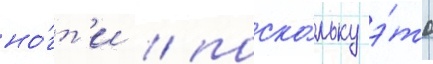
но́гт'и / поско́льку э́то